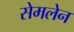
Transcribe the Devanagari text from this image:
सेमलेन